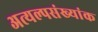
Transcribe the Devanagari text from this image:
अत्यल्पसंख्यांक